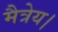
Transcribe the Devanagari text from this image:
मैत्रेय।